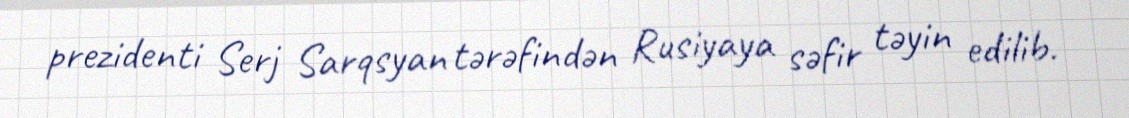
prezidenti Serj Sarqsyan tərəfindən Rusiyaya səfir təyin edilib.